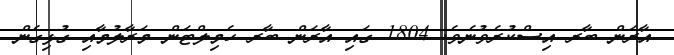
އާރަން ބާރ އިސްކުރެވުނެވެ. 1804 ގައި އާރަން ބާރ ހެމިލްޓަން މަރާލުމާއި ގުޅިގެން